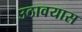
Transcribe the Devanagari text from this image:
उठावयास